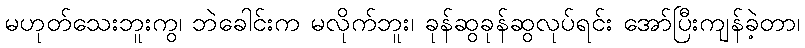
မဟုတ်သေးဘူးကွ၊ ဘဲခေါင်းက မလိုက်ဘူး၊ ခုန်ဆွခုန်ဆွလုပ်ရင်း အော်ပြီးကျန်ခဲ့တာ၊